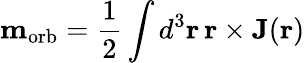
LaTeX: \mathbf{m}_{\mathrm{{orb}}}={\frac{1}{2}}\int d^{3}\mathbf{r}\, \mathbf{r}\times\mathbf{J}(\mathbf{r})